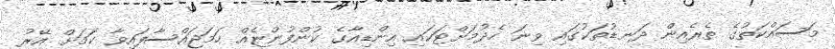
މަސައްކަތުގެ ތެރެއިން ދަނޑުތަކުގައި ވިނަ ހެދުމަށްޓަކައި އިންޑިއާގެ ކުންފުންޏެއް ހަމަޖައްސާފައިވާ ކަމަށް އޭރު